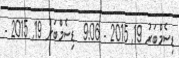
ޑިސެމްބަރު 19